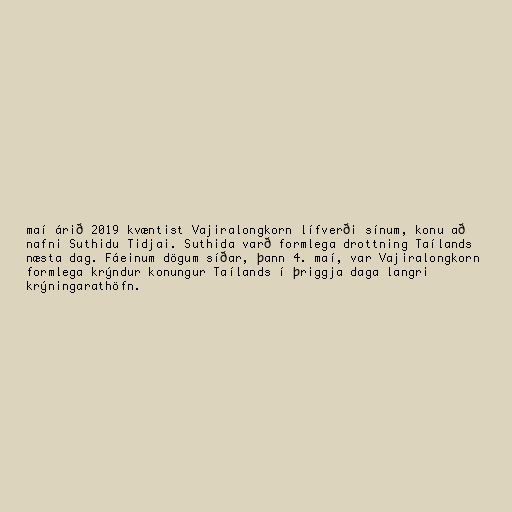
maí árið 2019 kvæntist Vajiralongkorn lífverði sínum, konu að
nafni Sut­hidu Ti­djai. Suthida varð formlega drottning Taílands
næsta dag. Fáeinum dögum síðar, þann 4. maí, var Vajiralongkorn
formlega krýndur konungur Taílands í þriggja daga langri
krýningarathöfn.